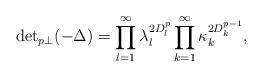
LaTeX: \begin{align*}{\det}_{p\perp} (-\Delta )=\prod_{l=1}^\infty \lambda^{2D_l^p}_l\prod_{k=1}^\infty \kappa^{2D_k^{p-1}}_k,\end{align*}